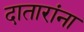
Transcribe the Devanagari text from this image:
दातारांना